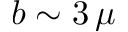
b \sim 3 \, \mu